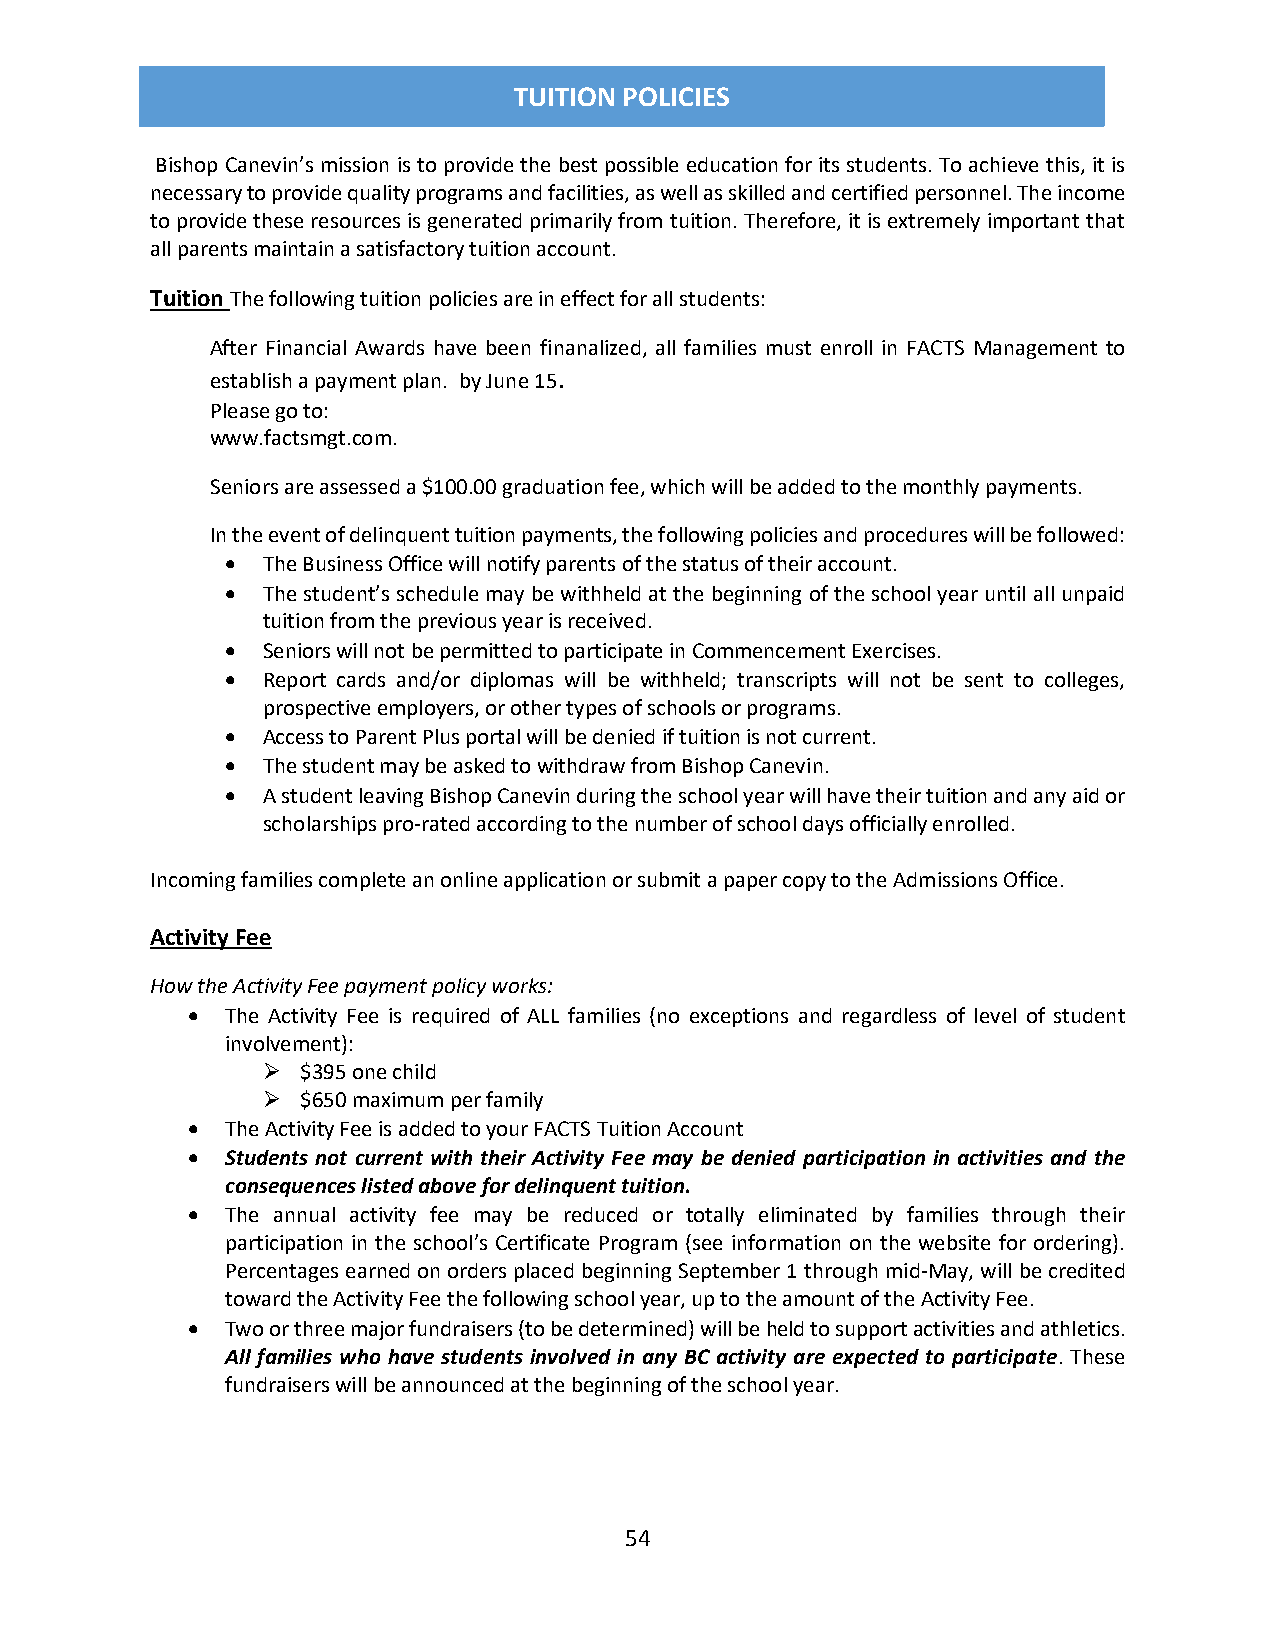
TUITION POLICIES
 Bishop Canevin’s mission is to provide the best possible education for its students. To achieve this, it is
 necessary to provide quality programs and facilities, as well as skilled and certified personnel. The income
 to provide these resources is generated primarily from tuition. Therefore, it is extremely important that
 all parents maintain a satisfactory tuition account.
 Tuition The following tuition policies are in effect for all students:
 After Financial Awards have been finanalized, all families must enroll in FACTS Management to
 establish a payment plan. by June 15.
 Please go to:
 www.factsmgt.com.
 Seniors are assessed a $100.00 graduation fee, which will be added to the monthly payments.
 In the event of delinquent tuition payments, the following policies and procedures will be followed:
  The Business Office will notify parents of the status of their account.
  The student’s schedule may be withheld at the beginning of the school year until all unpaid
 tuition from the previous year is received.
  Seniors will not be permitted to participate in Commencement Exercises.
  Report cards and/or diplomas will be withheld; transcripts will not be sent to colleges,
 prospective employers, or other types of schools or programs.
  Access to Parent Plus portal will be denied if tuition is not current.
  The student may be asked to withdraw from Bishop Canevin.
  A student leaving Bishop Canevin during the school year will have their tuition and any aid or
 scholarships pro-rated according to the number of school days officially enrolled.
 Incoming families complete an online application or submit a paper copy to the Admissions Office.
 Activity Fee
 How the Activity Fee payment policy works:
   The Activity Fee is required of ALL families (no exceptions and regardless of level of student
 involvement):
   $395 one child
   $650 maximum per family
   The Activity Fee is added to your FACTS Tuition Account
   Students not current with their Activity Fee may be denied participation in activities and the
 consequences listed above for delinquent tuition.
   The annual activity fee may be reduced or totally eliminated by families through their
 participation in the school’s Certificate Program (see information on the website for ordering).
 Percentages earned on orders placed beginning September 1 through mid-May, will be credited
 toward the Activity Fee the following school year, up to the amount of the Activity Fee.
   Two or three major fundraisers (to be determined) will be held to support activities and athletics.
 All families who have students involved in any BC activity are expected to participate. These
 fundraisers will be announced at the beginning of the school year.
 POLICIES
 54